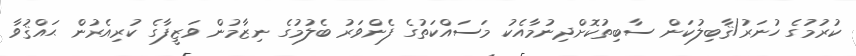
ކުރުމުގެ ހުނަރު/ޤާބިލުކަން ސާބިތުކޮށްދިނުމާއެކު މަސައްކަތުގެ ފެންވަރު ބެލުމުގެ ނިޒާމުން ވަޒީފާގެ ކުރިއެރުން ޙައްޤުވާ